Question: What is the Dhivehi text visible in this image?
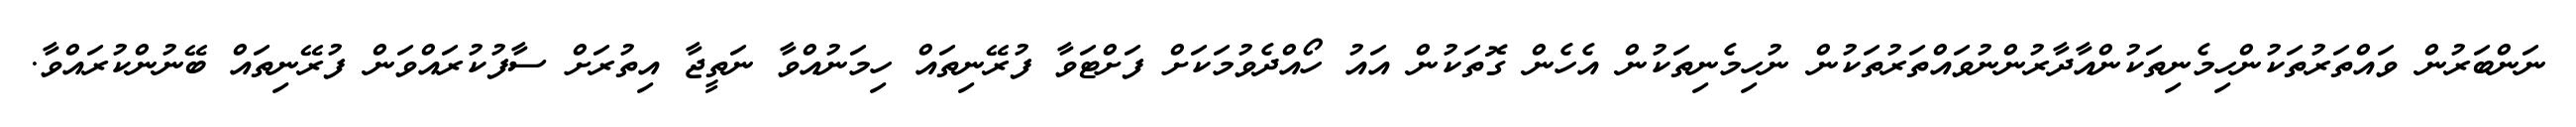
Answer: ނަންބަރުން ވައްތަރުތަކުންހިމެނިތަކުންއާދާރުންނުވައްތަރުތަކުން ނުހިމެނިތަކުން އެހެން ގޮތަކުން އައު ހޯއްދެވުމަކަށް ފަށްޓަވާ ފުރޭނިތައް ހިމަނުއްވާ ނަތީޖާ އިތުރަށް ސާފުކުރައްވަން ފުރޭނިތައް ބޭނުންކުރައްވާ.